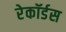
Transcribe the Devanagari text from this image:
रेकॉर्डस